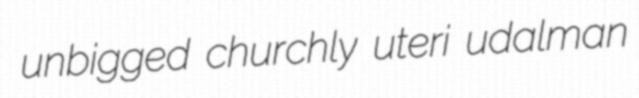
unbigged churchly uteri udalman